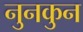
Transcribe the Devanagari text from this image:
नुनकुन